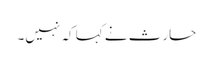
حارث نے کہا کہ نہیں۔